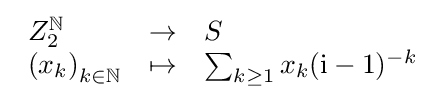
{\begin{array}{lll}Z_{2}^{\mathbb {N} }&\to &S\\\left(x_{k}\right)_{k\in \mathbb {N} }&\mapsto &\sum _{k\geq 1}x_{k}(\mathrm {i} -1)^{-k}\end{array}}